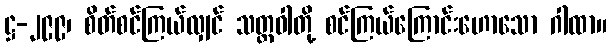
ဋ္ဌ-၂၉၉၊ စိတ်စင်ကြယ်လျှင် သတ္တဝါတို့ စင်ကြယ်ကြောင်းဟောသော ဂါထာ။